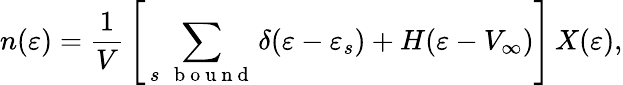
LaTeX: n(\varepsilon)=\frac{1}{V}\, \left[\, \sum_{s\mathrm{~\, ~b~o~u~n~d~}}\delta(\varepsilon-\varepsilon_{s})+H(\varepsilon-V_{\infty})\right]\, X(\varepsilon),